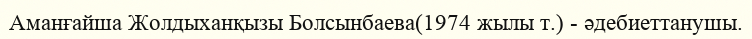
Аманғайша Жолдыханқызы Болсынбаева(1974 жылы т.) - әдебиеттанушы.